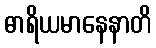
ဓာရိယမာနေနာတိ